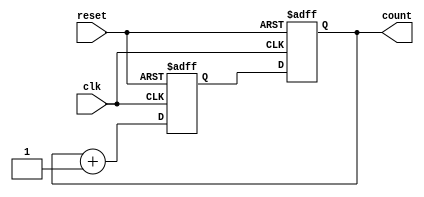
module gray_counter(
    input wire clk,
    input wire reset,
    output reg [3:0] count
);

reg [3:0] next_count;

always @(posedge clk or posedge reset) begin
    if (reset) begin
        count <= 4'b0000;
    end else begin
        count <= next_count;
    end
end

always @(posedge clk or posedge reset) begin
    if (reset) begin
        next_count <= 4'b0001;
    end else begin
        next_count <= count + 1;
    end
end

endmodule